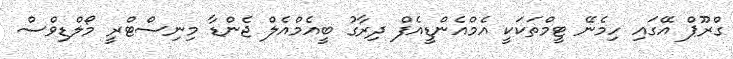
ގްރޫޕް އޭގައި ހިމެނޭ ޓީމްތަކަކީ އެމްއެންޑީއެފް ދިރާގު ބީއެމްއެލް ޖެންޑާ މިނިސްޓްރީ މޯލްޑިވްސް